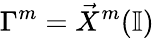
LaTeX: \Gamma^{m}=\vec{X}^{m}(\mathbb{I})